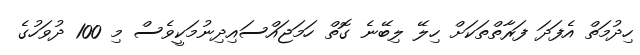
ހިދުމަތް އެފަދަ ފަރާތްތަކަށް ހިލޭ ލިބޭނެ ގޮތް ހަމަޖައްސައިދިނުމަކީވެސް މި 100 ދުވަހުގެ